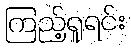
ကြည့်ရှုရင်း